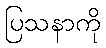
ပြသနာကို